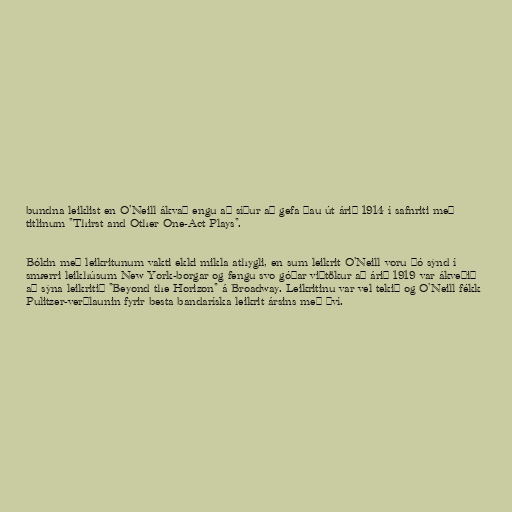
bundna leiklist en O'Neill ákvað engu að síður að gefa þau út árið 1914 í safnriti með
titlinum "Thirst and Other One-Act Plays".

Bókin með leikritunum vakti ekki mikla athygli, en sum leikrit O'Neill voru þó sýnd í
smærri leikhúsum New York-borgar og fengu svo góðar viðtökur að árið 1919 var ákveðið
að sýna leikritið "Beyond the Horizon" á Broadway. Leikritinu var vel tekið og O'Neill fékk
Pulitzer-verðlaunin fyrir besta bandaríska leikrit ársins með því.